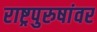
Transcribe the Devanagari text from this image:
राष्ट्रपुरुषांवर